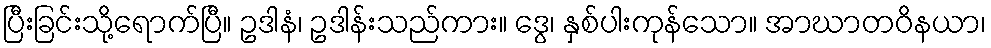
ပြီးခြင်းသို့ရောက်ပြီ။ ဥဒါနံ၊ ဥဒါန်းသည်ကား။ ဒွေ၊ နှစ်ပါးကုန်သော။ အာဃာတဝိနယာ၊